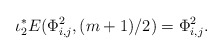
\begin{align*}\iota_2^*E(\Phi_{i,j}^2,(m+1)/2)=\Phi_{i,j}^2.\end{align*}